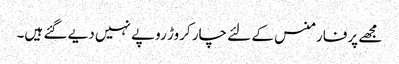
مجھے پرفارمنس کے لئے چار کروڑ روپے نہیں دیے گئے ہیں۔